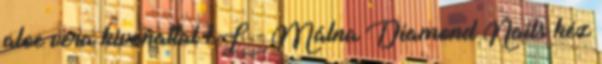
aloe vera kivonattal 1L - Málna Diamond Nails kéz